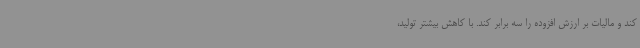
کند و مالیات بر ارزش افزوده را سه برابر کند. با کاهش بیشتر تولید،